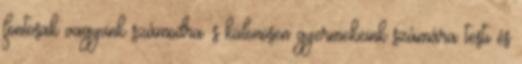
fontosak vagyunk számodra. s különösen gyermekeink számára testi és